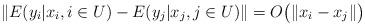
LaTeX: \begin{align*}\| E(y_i | x_i, i\in U) - E(y_j | x_j, j\in U)\| = O\big( \|x_i - x_j\| \big) \end{align*}